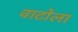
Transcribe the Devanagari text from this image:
वाटोला